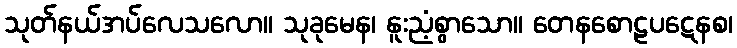
သုတ်နယ်အပ်လေသလော။ သုခုမေန၊ နူးညံ့စွာသော။ တေနစောဠပဋေနစ၊